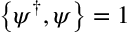
\left\{ \psi ^ { \dagger } , \psi \right\} = 1